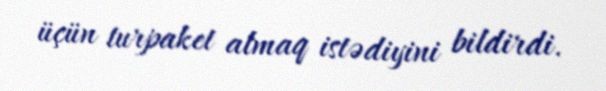
üçün turpaket almaq istədiyini bildirdi.